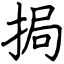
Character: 挶